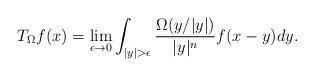
LaTeX: \begin{align*}T_\Omega f(x) = \lim_{\epsilon \to 0} \int_{|y| > \epsilon} \dfrac{\Omega(y/|y|)}{|y|^n}f(x-y) dy.\end{align*}